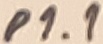
Text: P1.1